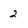
Character: 2